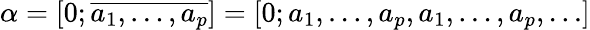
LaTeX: \alpha=[0;\overline{{a_{1},\ldots,a_{p}}}]=[0;a_{1},\ldots,a_{p},a_{1},\ldots,a_{p},\ldots]